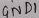
Text: GND1